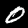
Digit: 0